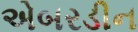
એબરડીન